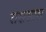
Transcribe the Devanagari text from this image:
राक्षसास